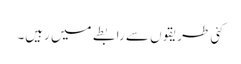
کئی طریقوں سے رابطے میں رہیں۔